Lock hospitals Punjab
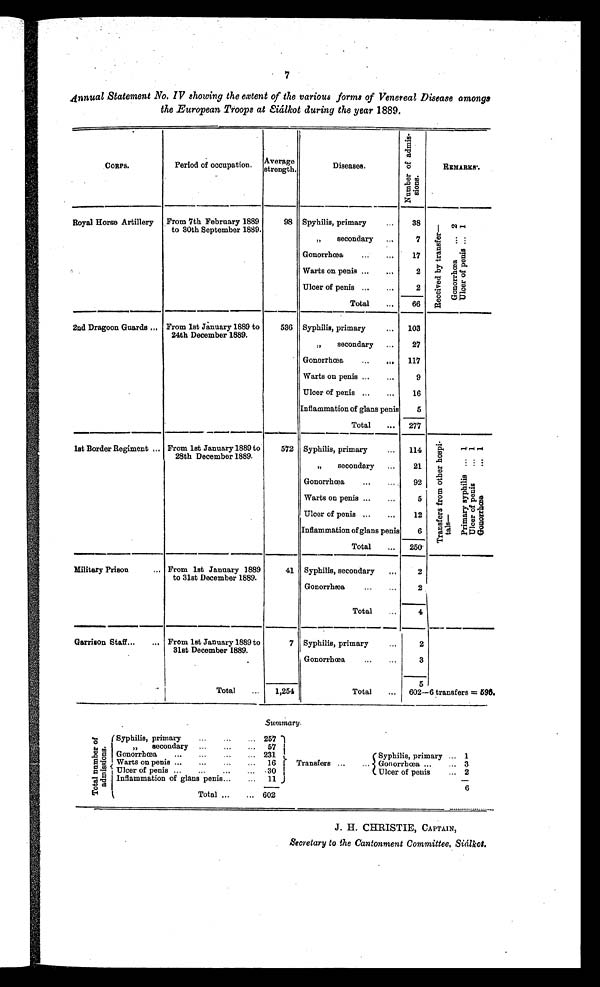
7
Annual Statement No. IV showing the extent of the various forme of Venereal Disease amongs
the European Troops at Siálkot during the year 1889.
CORPS.
Period of occupation.
Average
strength
Diseases.
N u m b e r o f a d m i s -
si ons.
REMARKS.
Royal Horse Artillery
From 7th February 1889
to 30th September 1889.
98 Spyhilis, primary
...
38
R e c e i v e d b y t r a n s f e r —
G o n o r r h œ a . . 1 U l s e r o f p e n i s . . 1
„
secondary
7
Gonorrhœa
...
17
Warts on penis ...
. . .
2
Ulcer of penis ...
...
2
Total
...
66
2nd Dragoon Guards ... From 1st January 1889 to
24th December 1889.
536 Syphilis, primary
...
103
„
secondary
...
27
Gonorrhœa
...
. . .
117
Warts on penis ...
...
9
Ulcer of penis ...
...
16
Inflammation of glans penis
5
Total
... 277
1st Border Regiment ... From 1st January 1889 to
28th December 1889.
572 Syphilis, primary
...
114
T r a n s f e r s f r o m o t h e r h o s p i -
t a l s —
P r i m a r y S y p h i l i s . . . 1
U l c e r o f p e n i s . . . 1
G o n o r r h œ a . . . 1
„
secondary
...
21
Gonorrhœa
92
Warts on penis ...
...
5
Ulcer of penis ...
...
12
Inflammation of glans penis
6
Total
...
250
Military Prison
... From 1st January 1889
to 31st December 1889.
41 Syphilis, secondary
...
2
Gonorrhœa
...
...
2
Total
4
Garrison Staff...
... From 1st January 1889 to
31st December 1889.
7 Syphilis, primary
2
Gonorrhœa
...
...
3
5
Total
1,254
Total
... 602—6 transfers = 59(5.
Summary.
T o t a l n u m b e r o f
a d m i s s i o n s .
Syphilis, primary
...
. . .
. . .
257
"
secondary
...
...
...
57
Gonorrhœa
...
...
...
... 231
Syphilis, primary ... 1
Warts on penis ...
...
...
...
16
Transfers ...
... Gonorrhœa ...
... 3
Ulcer of penis ...
...
. . .
. . . 30
Ulcer of penis
... 2
Inflammation of glans penis . . .
...
11
6
Total ...
... 602
J. H. CHRISTIE, CAPTAIN,
Secretary to the Cantonment Committee, Sialkot.